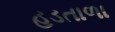
હડતાળા